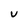
Character: U